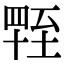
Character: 𦥁